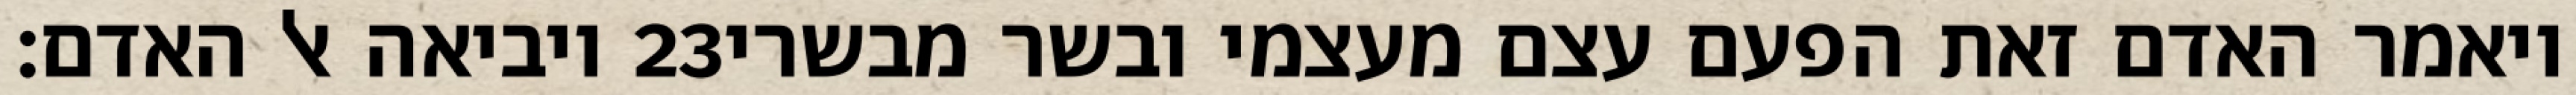
ויביאה אל האדם׃ ‎23‏ ויאמר האדם זאת הפעם עצם מעצמי ובשר מבשרי